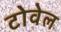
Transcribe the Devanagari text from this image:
टोवेल